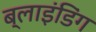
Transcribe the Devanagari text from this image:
ब्‍लाइंडिंग